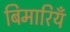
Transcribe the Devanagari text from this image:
बिमारियँ